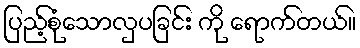
ပြည့်စုံသောလှပခြင်း ကို ရောက်တယ်။